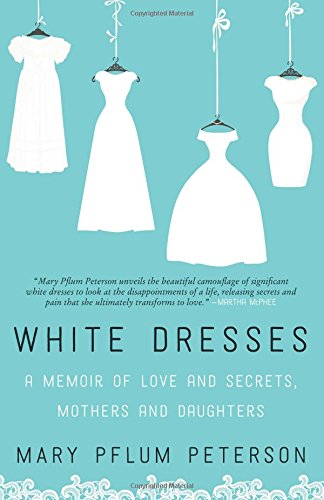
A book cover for White Dresses: A Memoir of Love and Secrets, Mothers and Daughters; Mary Pflum Peterson; Parenting & Relationships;